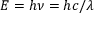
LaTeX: E = h \nu = h c / \lambda